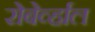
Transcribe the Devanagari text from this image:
रोबेर्व्हाल